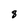
Character: 8